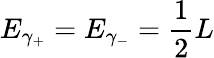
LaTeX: E_{\gamma_{+}}=E_{\gamma_{-}}={\frac{1}{2}}L